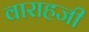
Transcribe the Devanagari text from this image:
वाराहजी